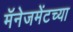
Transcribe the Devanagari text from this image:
मॅनेजमेंटच्या